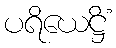
ပရိယေဋ္ဌိံ